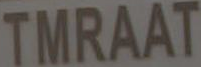
TMRAAT